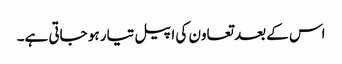
اس کے بعد تعاون کی اپیل تیار ہو جاتی ہے۔